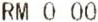
RM 0.00